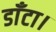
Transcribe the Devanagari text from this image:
डाँटा।